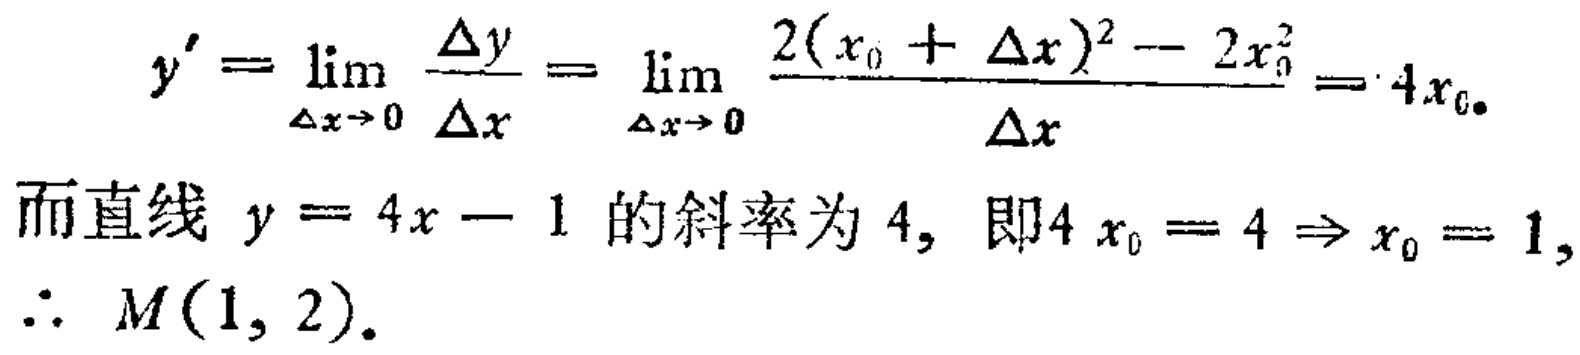
\[
\begin{align*}
y'&=\lim_{\Delta x \to 0} \frac{\Delta y}{\Delta x}=\lim_{\Delta x \to 0} \frac{2(x_{0}+\Delta x)^{2}-2x_{0}^{2}}{\Delta x}=4x_{0}\\
\end{align*}
\]
而直线 \(y = 4x - 1\) 的斜率为 \(4\)，即\(4x_{0}=4\Rightarrow x_{0}=1\)，
\(\therefore M(1,2)\)。